Preliminary report on the killing of rats and rat fleas by hydrocyanic acid gas - Number 38
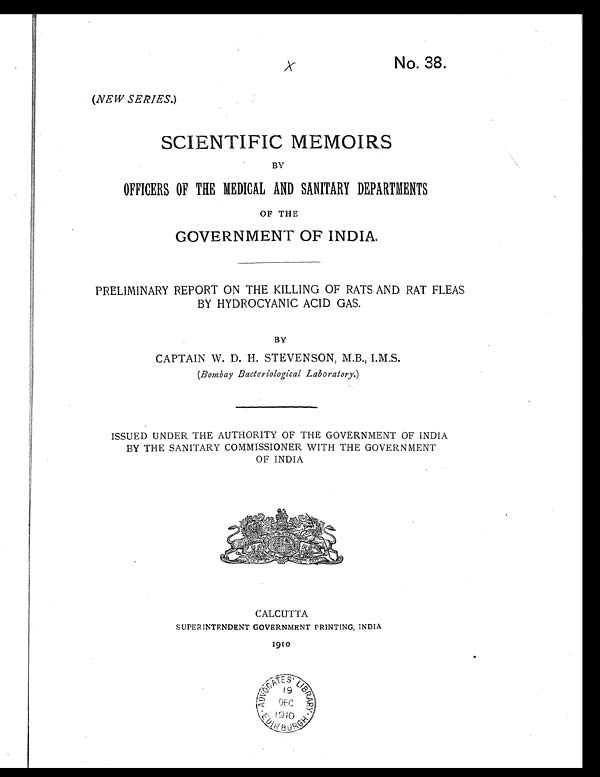
No. 38.
( NEW SERIES. )
SCIENTIFIC MEMOIRS
BY
OFFICERS OF THE MEDICAL AND SANITARY DEPARTMENTS
OF THE
GOVERNMENT OF INDIA.
PRELIMINARY REPORT ON THE KILLING OF RATS AND RAT FLEAS
BY HYDROCYANIC ACID GAS.
BY
CAPTAIN W. D. H. STEVENSON, M.B., I.M.S.
(Bombay Bacteriological Laboratory .)
ISSUED UNDER THE AUTHORITY OF THE GOVERNMENT OF INDIA
BY THE SANITARY COMMISSIONER WITH THE GOVERNMENT
OF INDIA
CALCUTTA
SUPERINTENDENT GOVERNMENT PRINTING, INDIA
1910